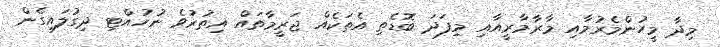
މިދާ މީހުންމެރުމާއި މާރާމާރީއާއި މިފަދަ ބޮޑެތި އެތަކެއް ޖަރީމާތައް އިތުރުވެ ނުހުއްޓި ދިގުލައިގެން